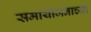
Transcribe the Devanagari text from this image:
समायोजनाच्या